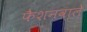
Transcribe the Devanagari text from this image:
फैशनवाले